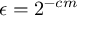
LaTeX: \epsilon = 2 ^ { - c m }